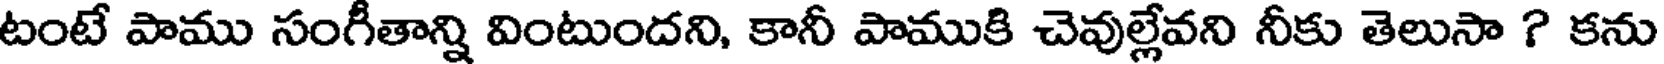
టంటే పాము సంగీతాన్ని వింటుందని, కానీ పాముకి చెవుల్లేవని నీకు తెలుసా ? కను